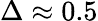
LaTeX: \Delta\approx 0.5